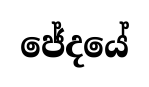
ජේදයේ